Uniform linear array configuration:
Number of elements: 12
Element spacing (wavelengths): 0.25
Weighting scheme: blackman
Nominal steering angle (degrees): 15
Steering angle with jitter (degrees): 15.994
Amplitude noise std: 0.05
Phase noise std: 0.05

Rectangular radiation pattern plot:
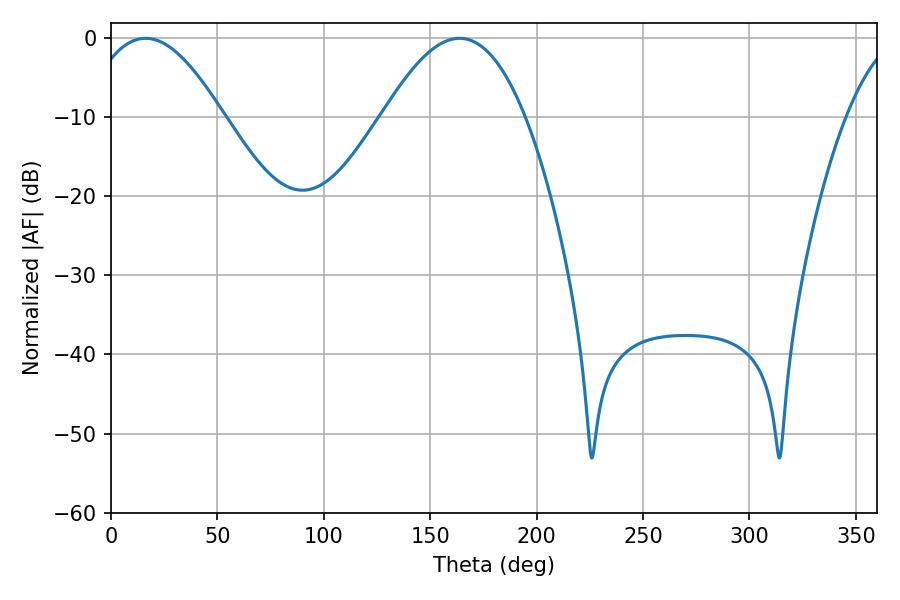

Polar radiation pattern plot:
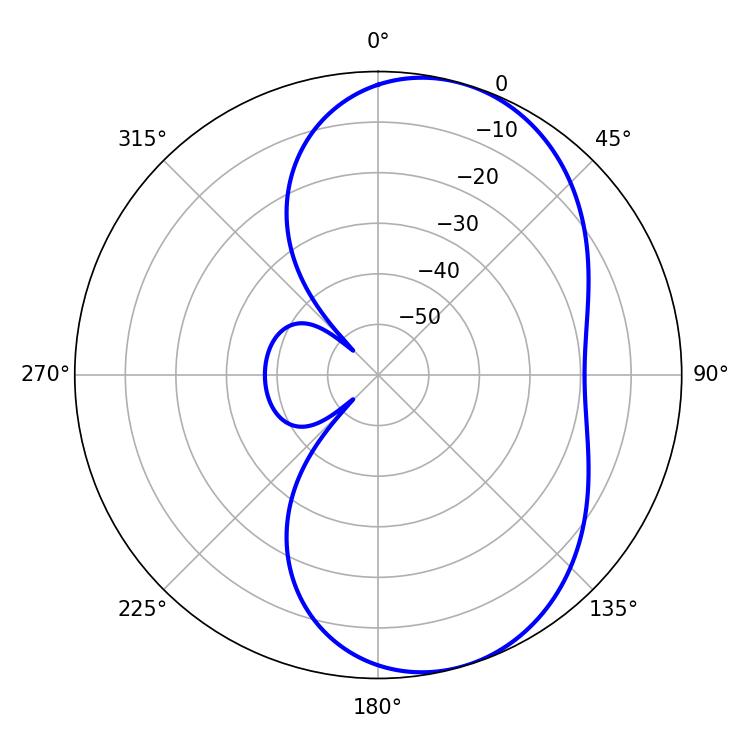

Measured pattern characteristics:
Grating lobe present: FALSE
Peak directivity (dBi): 6.679
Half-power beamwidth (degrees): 35.28
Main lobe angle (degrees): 16.2